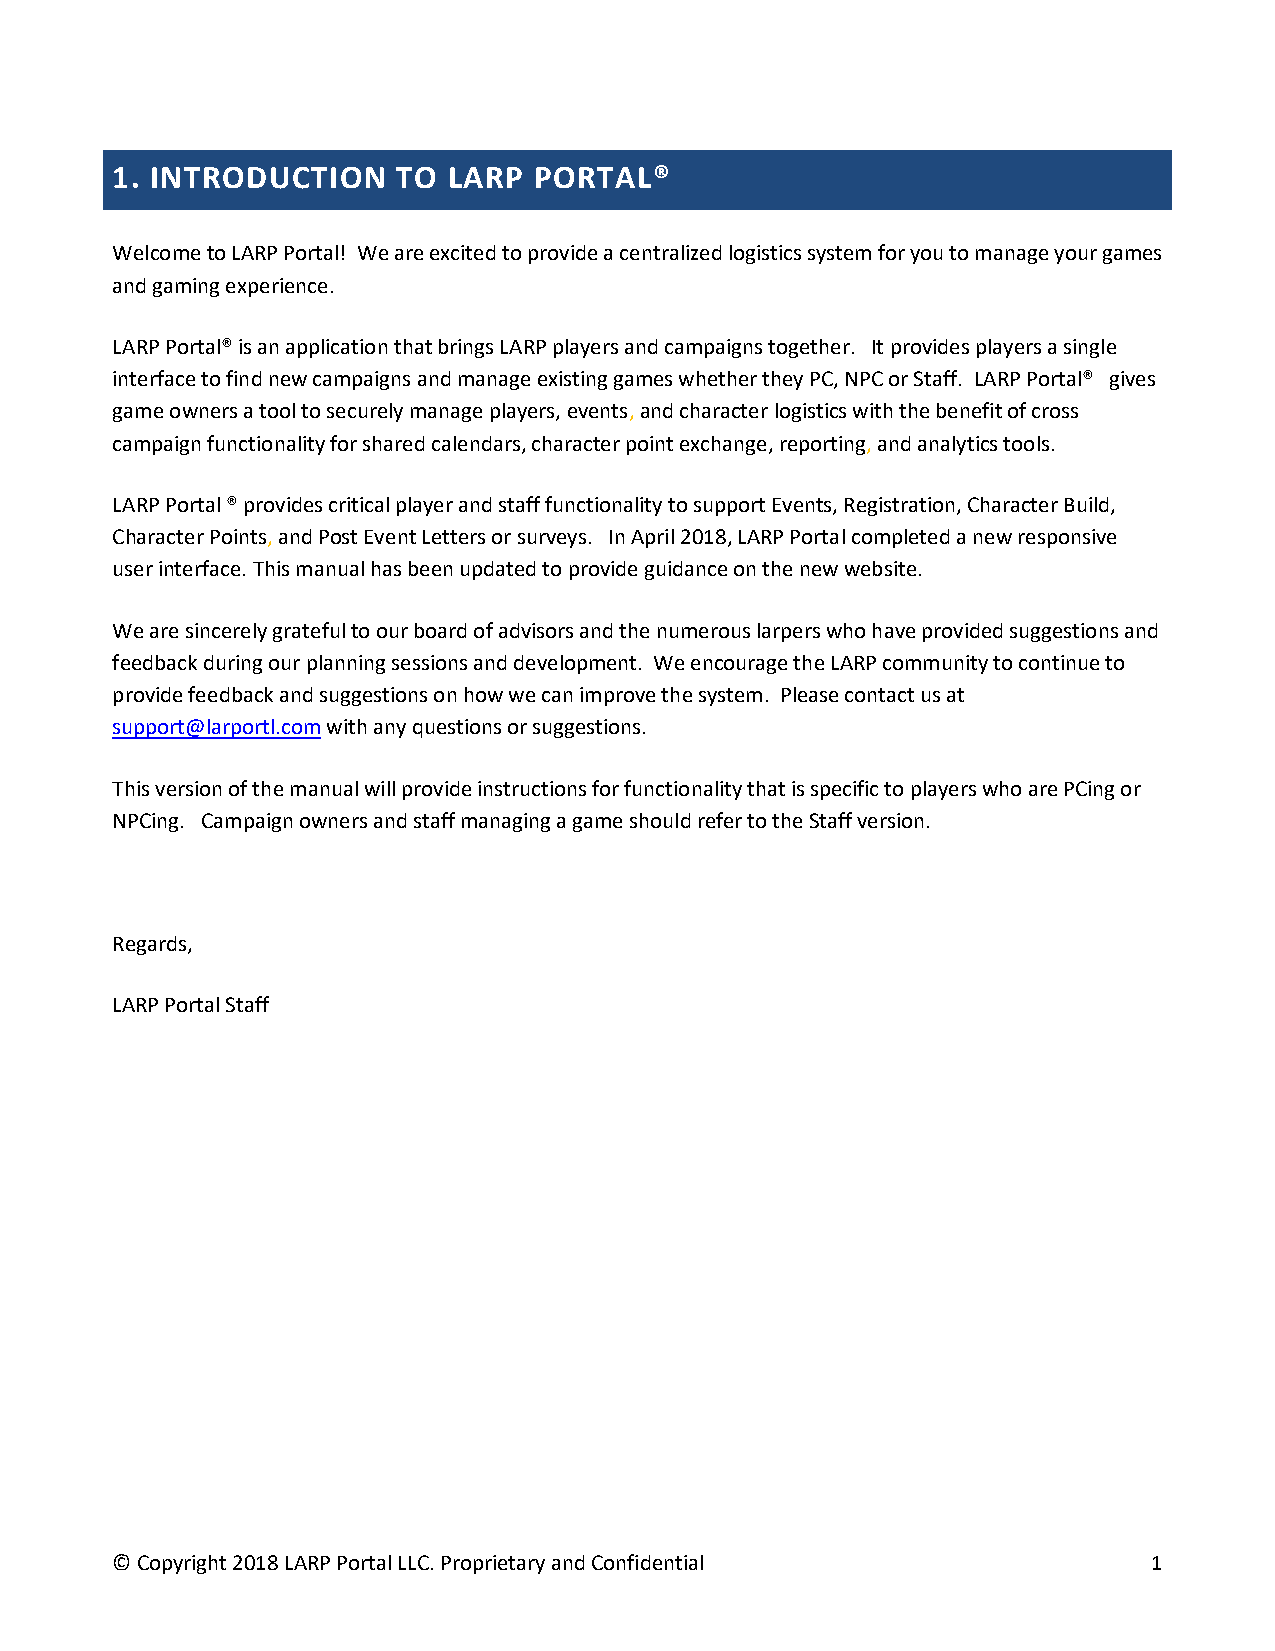
1. INTRODUCTION    TO  LARP PORTAL®
 Welcome to LARP Portal! We are excited to provide a centralized logistics system for you to manage your games
 and gaming experience.
 LARP Portal® is an application that brings LARP players and campaigns together. It provides players a single
 interface to find new campaigns and manage existing games whether they PC, NPC or Staff. LARP Portal® gives
 game owners a tool to securely manage players, events, and character logistics with the benefit of cross
 campaign functionality for shared calendars, character point exchange, reporting, and analytics tools.
 LARP Portal ® provides critical player and staff functionality to support Events, Registration, Character Build,
 Character Points, and Post Event Letters or surveys. In April 2018, LARP Portal completed a new responsive
 user interface. This manual has been updated to provide guidance on the new website.
 We are sincerely grateful to our board of advisors and the numerous larpers who have provided suggestions and
 feedback during our planning sessions and development. We encourage the LARP community to continue to
 provide feedback and suggestions on how we can improve the system. Please contact us at
 support@larportl.com with any questions or suggestions.
 This version of the manual will provide instructions for functionality that is specific to players who are PCing or
 NPCing. Campaign owners and staff managing a game should refer to the Staff version.
 Regards,
 LARP Portal Staff
 © Copyright 2018 LARP Portal LLC. Proprietary and Confidential       1